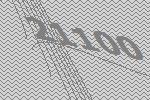
21100